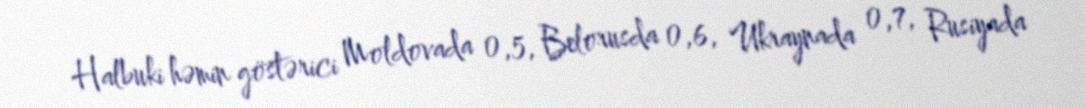
Halbuki həmin göstərici Moldovada 0,5, Belorusda 0,6, Ukraynada 0,7, Rusiyada